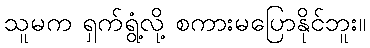
သူမက ရှက်ရွံ့လို့ စကားမပြောနိုင်ဘူး။